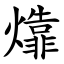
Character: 㸆